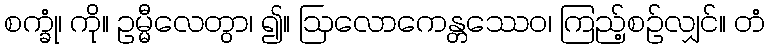
စက္ခုံ၊ ကို။ ဥမ္မီလေတွာ၊ ၍။ ဩလောကေန္တဿေဝ၊ ကြည့်စဉ်လျှင်။ တံ